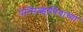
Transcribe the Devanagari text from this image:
पेन्सिल्व्हानियाच्या